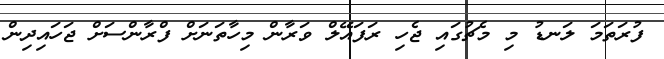
ފުރަތަމަ ލަނޑު މި މެޗުގައި ޖެހި ރަފައޭލް ވަރާން މިހާތަނަށް ފްރާންސަށް ޖަހައިދިން